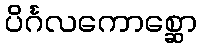
ပိင်္ဂလကောစ္ဆော